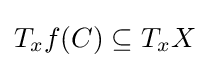
T_{x}f(C)\subseteq T_{x}X